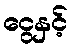
ငွေနှင့်